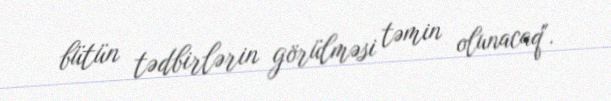
bütün tədbirlərin görülməsi təmin olunacaq".